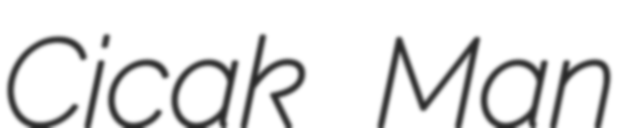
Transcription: Cicak Man